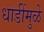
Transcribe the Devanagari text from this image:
धाडींमुळे